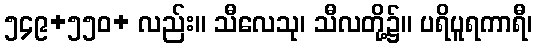
၅၄၉+၅၅၀+ လည်း။ သီလေသု၊ သီလတို့၌။ ပရိပူရကာရီ၊